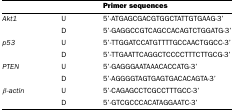
|  |  | Primer sequences |
 | --- | --- | --- |
 | Akt1 | U | 5'-ATGAGCGACGTGGCTATTGTGAAG-3' |
 |  | D | 5'-GAGGCCGTCAGCCACAGTCTGGATG-3' |
 | p53 | U | 5'-TTGGATCCATGTTTTGCCAACTGGCC-3' |
 |  | D | 5'-TTGAATTCAGGCTCCCCTTTCTTGCG-3' |
 | PTEN | U | 5'-GAGGGAATAAACACCATG-3' |
 |  | D | 5'-AGGGGTAGTGAGTGACACAGTA-3' |
 | β-actin | U | 5'-CAGAGCCTCGCCTTTGCC-3' |
 |  | D | 5'-GTCGCCCACATAGGAATC-3' |